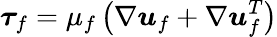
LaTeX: \boldsymbol{\tau}_{f}=\mu_{f}\left(\nabla\boldsymbol{u}_{f}+\nabla\boldsymbol{u}_{f}^{T}\right)